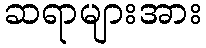
ဆရာများအား